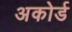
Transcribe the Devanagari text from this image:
अकोर्ड